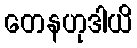
တေနဟုဒါယိ